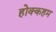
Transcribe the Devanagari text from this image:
होक्कहम